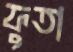
ফুতা